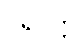
ပရိဝတ္တိ